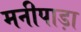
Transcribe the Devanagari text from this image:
मनीपाड़ा